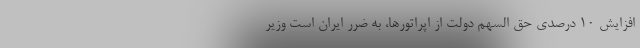
افزایش ۱۰ درصدی حق السهم دولت از اپراتورها، به ضرر ایران است وزیر